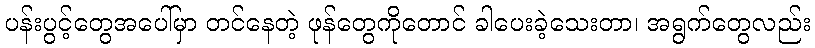
ပန်းပွင့်တွေအပေါ်မှာ တင်နေတဲ့ ဖုန်တွေကိုတောင် ခါပေးခဲ့သေးတာ၊ အရွက်တွေလည်း